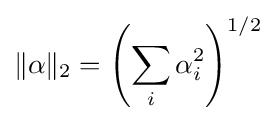
\|\alpha \|_{2}=\left(\sum _{i}\alpha _{i}^{2}\right)^{1/2}